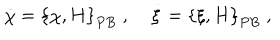
{ \dot { \chi } } = \left\{ \chi , H \right\} _ { P B } \; , \; { \dot { \xi } } = \left\{ \xi , H \right\} _ { P B } \; ,